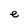
Character: e